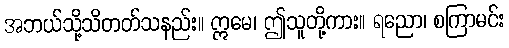
အဘယ်သို့သိတတ်သနည်း။ ဣမေ၊ ဤသူတို့ကား။ ရညော၊ စကြာမင်း